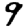
Digit: 9